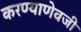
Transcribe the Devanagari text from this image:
करण्याणेवजी